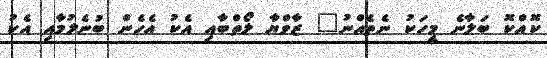
ކޮއްކޮ ބަލާނެ މީހަކު ނެތެއްނު" ޒާވްޔާ ލޯތްބާއި އެކު އެހެން ބުނެލުމާއި އެކު